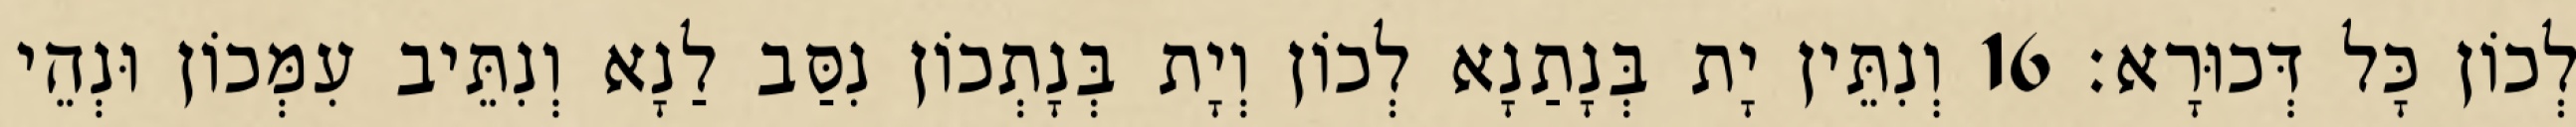
לְכוֹן כָּל דְּכוּרָא׃ 16 וְנִתֵּין יָת בְּנָתַנָא לְכוֹן וְיָת בְּנָתְכוֹן נִסַּב לַנָא וְנִתֵּיב עִמְּכוֹן וּנְהֵי